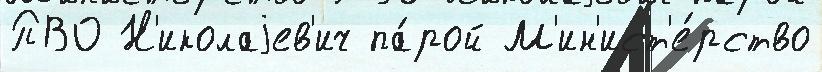
ПВО Н'иколаjев'ич па́рой М'ин'ист'е́рство